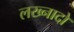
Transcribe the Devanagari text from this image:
लख्नादों